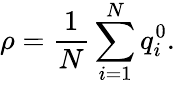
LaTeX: \rho=\frac{1}{N}\sum_{i=1}^{N}q_{i}^{0}.